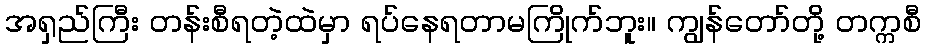
အရှည်ကြီး တန်းစီရတဲ့ထဲမှာ ရပ်နေရတာမကြိုက်ဘူး။ ကျွန်တော်တို့ တက္ကစီ